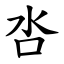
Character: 呇